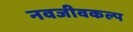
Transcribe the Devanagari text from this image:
नवजीवकल्प